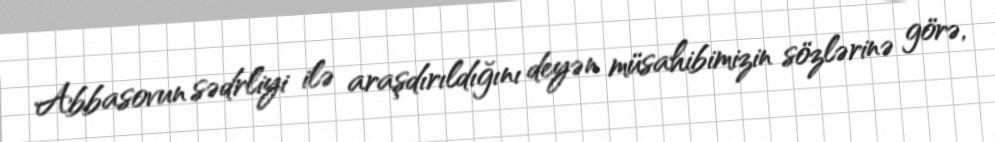
Abbasovun sədrliyi ilə araşdırıldığını deyən müsahibimizin sözlərinə görə,